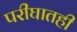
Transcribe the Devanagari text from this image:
परीघातही